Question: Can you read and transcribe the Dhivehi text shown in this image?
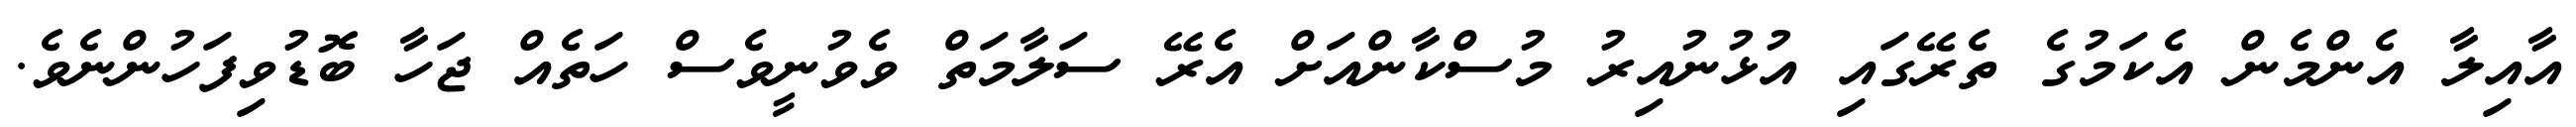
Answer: އާއިލާ އެންމެން އެކަމުގެ ތެރޭގައި އުޅުނުއިރު މުސްކާންއަށް އެރޭ ސަލާމަތް ވެވުނީވެސް ހަތެއް ޖަހާ ބޮޑުވިފަހުންނެވެ.